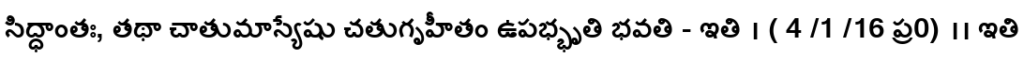
సిద్ధాంతః, తథా చాతుమాస్యేషు చతుగృహీతం ఉపభ్భృతి భవతి - ఇతి । ( 4 /1 /16 ప్ర0) ।। ఇతి